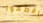
اقطعوا